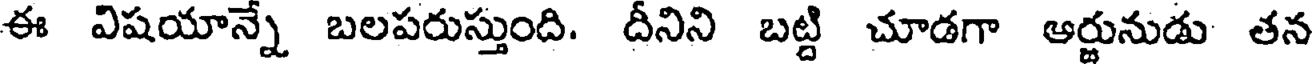
ఈ విషయాన్నే బలపరుస్తుంది. దీనిని బట్ది చూడగా ఆర్జునుడు తన